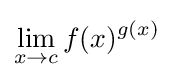
\lim _{x\to c}f(x)^{g(x)}